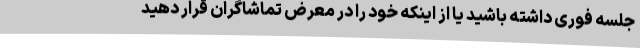
جلسه فوری داشته باشید یا از اینکه خود را در معرض تماشاگران قرار دهید